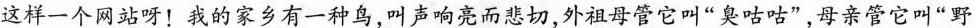
这样一个网站呀！我的家乡有一种鸟，叫声响亮而悲切，外祖母管它叫”臭咕咕”，母亲管它叫”野